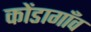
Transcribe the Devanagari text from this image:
कोंडागाँव